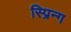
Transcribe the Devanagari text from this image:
स्प्रिन्ग